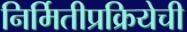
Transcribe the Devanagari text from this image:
निर्मितीप्रक्रियेची